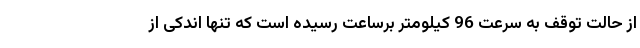
از حالت توقف به سرعت 96 کیلومتر برساعت رسیده است که تنها اندکی از